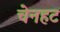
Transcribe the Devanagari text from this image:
चेनहट